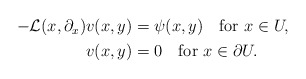
\begin{align*} \begin{aligned} -{\mathcal L}(x,\partial_x)v(x,y)&=\psi(x,y) \quad\hbox{for}\ x\in U,\\ v(x,y)&=0 \quad\hbox{for}\ x\in\partial U. \end{aligned} \end{align*}